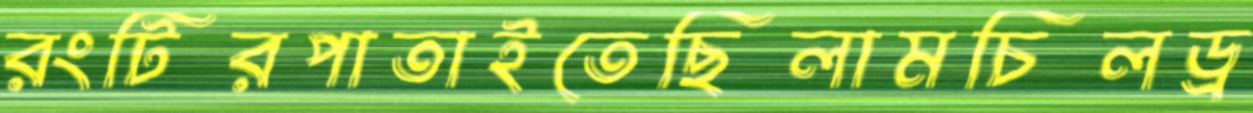
রংটিরপাতাইতেছিলামচিলড্র